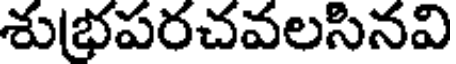
శుభపరచవలసినవి